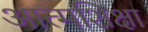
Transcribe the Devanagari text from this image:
आत्मशिक्षा